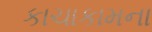
કાચાકામના